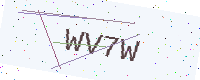
Text: WV7W